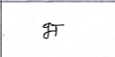
मजकूर: भ